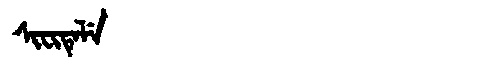
Manchu: ᠰᡳᠸᡳᡨᡝᠯᡝ
Romanization: SIFITELE